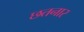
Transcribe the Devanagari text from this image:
छतनार